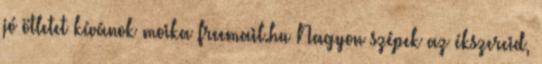
jó ötletet kívánok moika freemail.hu Nagyon szépek az ékszereid,